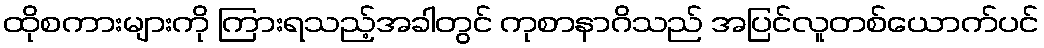
ထိုစကားများကို ကြားရသည့်အခါတွင် ကုစာနာဂိသည် အပြင်လူတစ်ယောက်ပင်